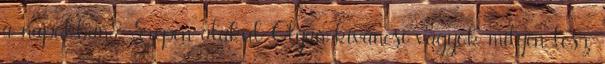
a napokban? Szépen alakul Olyan kíváncsi vagyok milyen lesz